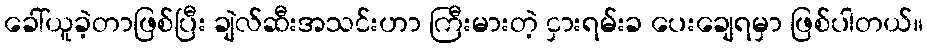
ခေါ်ယူခဲ့တာဖြစ်ပြီး ချဲလ်ဆီးအသင်းဟာ ကြီးမားတဲ့ ငှားရမ်းခ ပေးချေရမှာ ဖြစ်ပါတယ်။